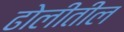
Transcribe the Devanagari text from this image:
ढोलीतील